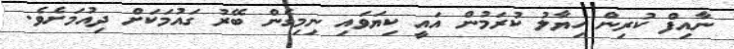
ނާއިފް ކުރިން ހިޔާލު ކުރަމުން އައީ ކިޔަވައި ނިމިގެން ބޭރު ގައުމަކަށް ދިއުމަށެވެ.